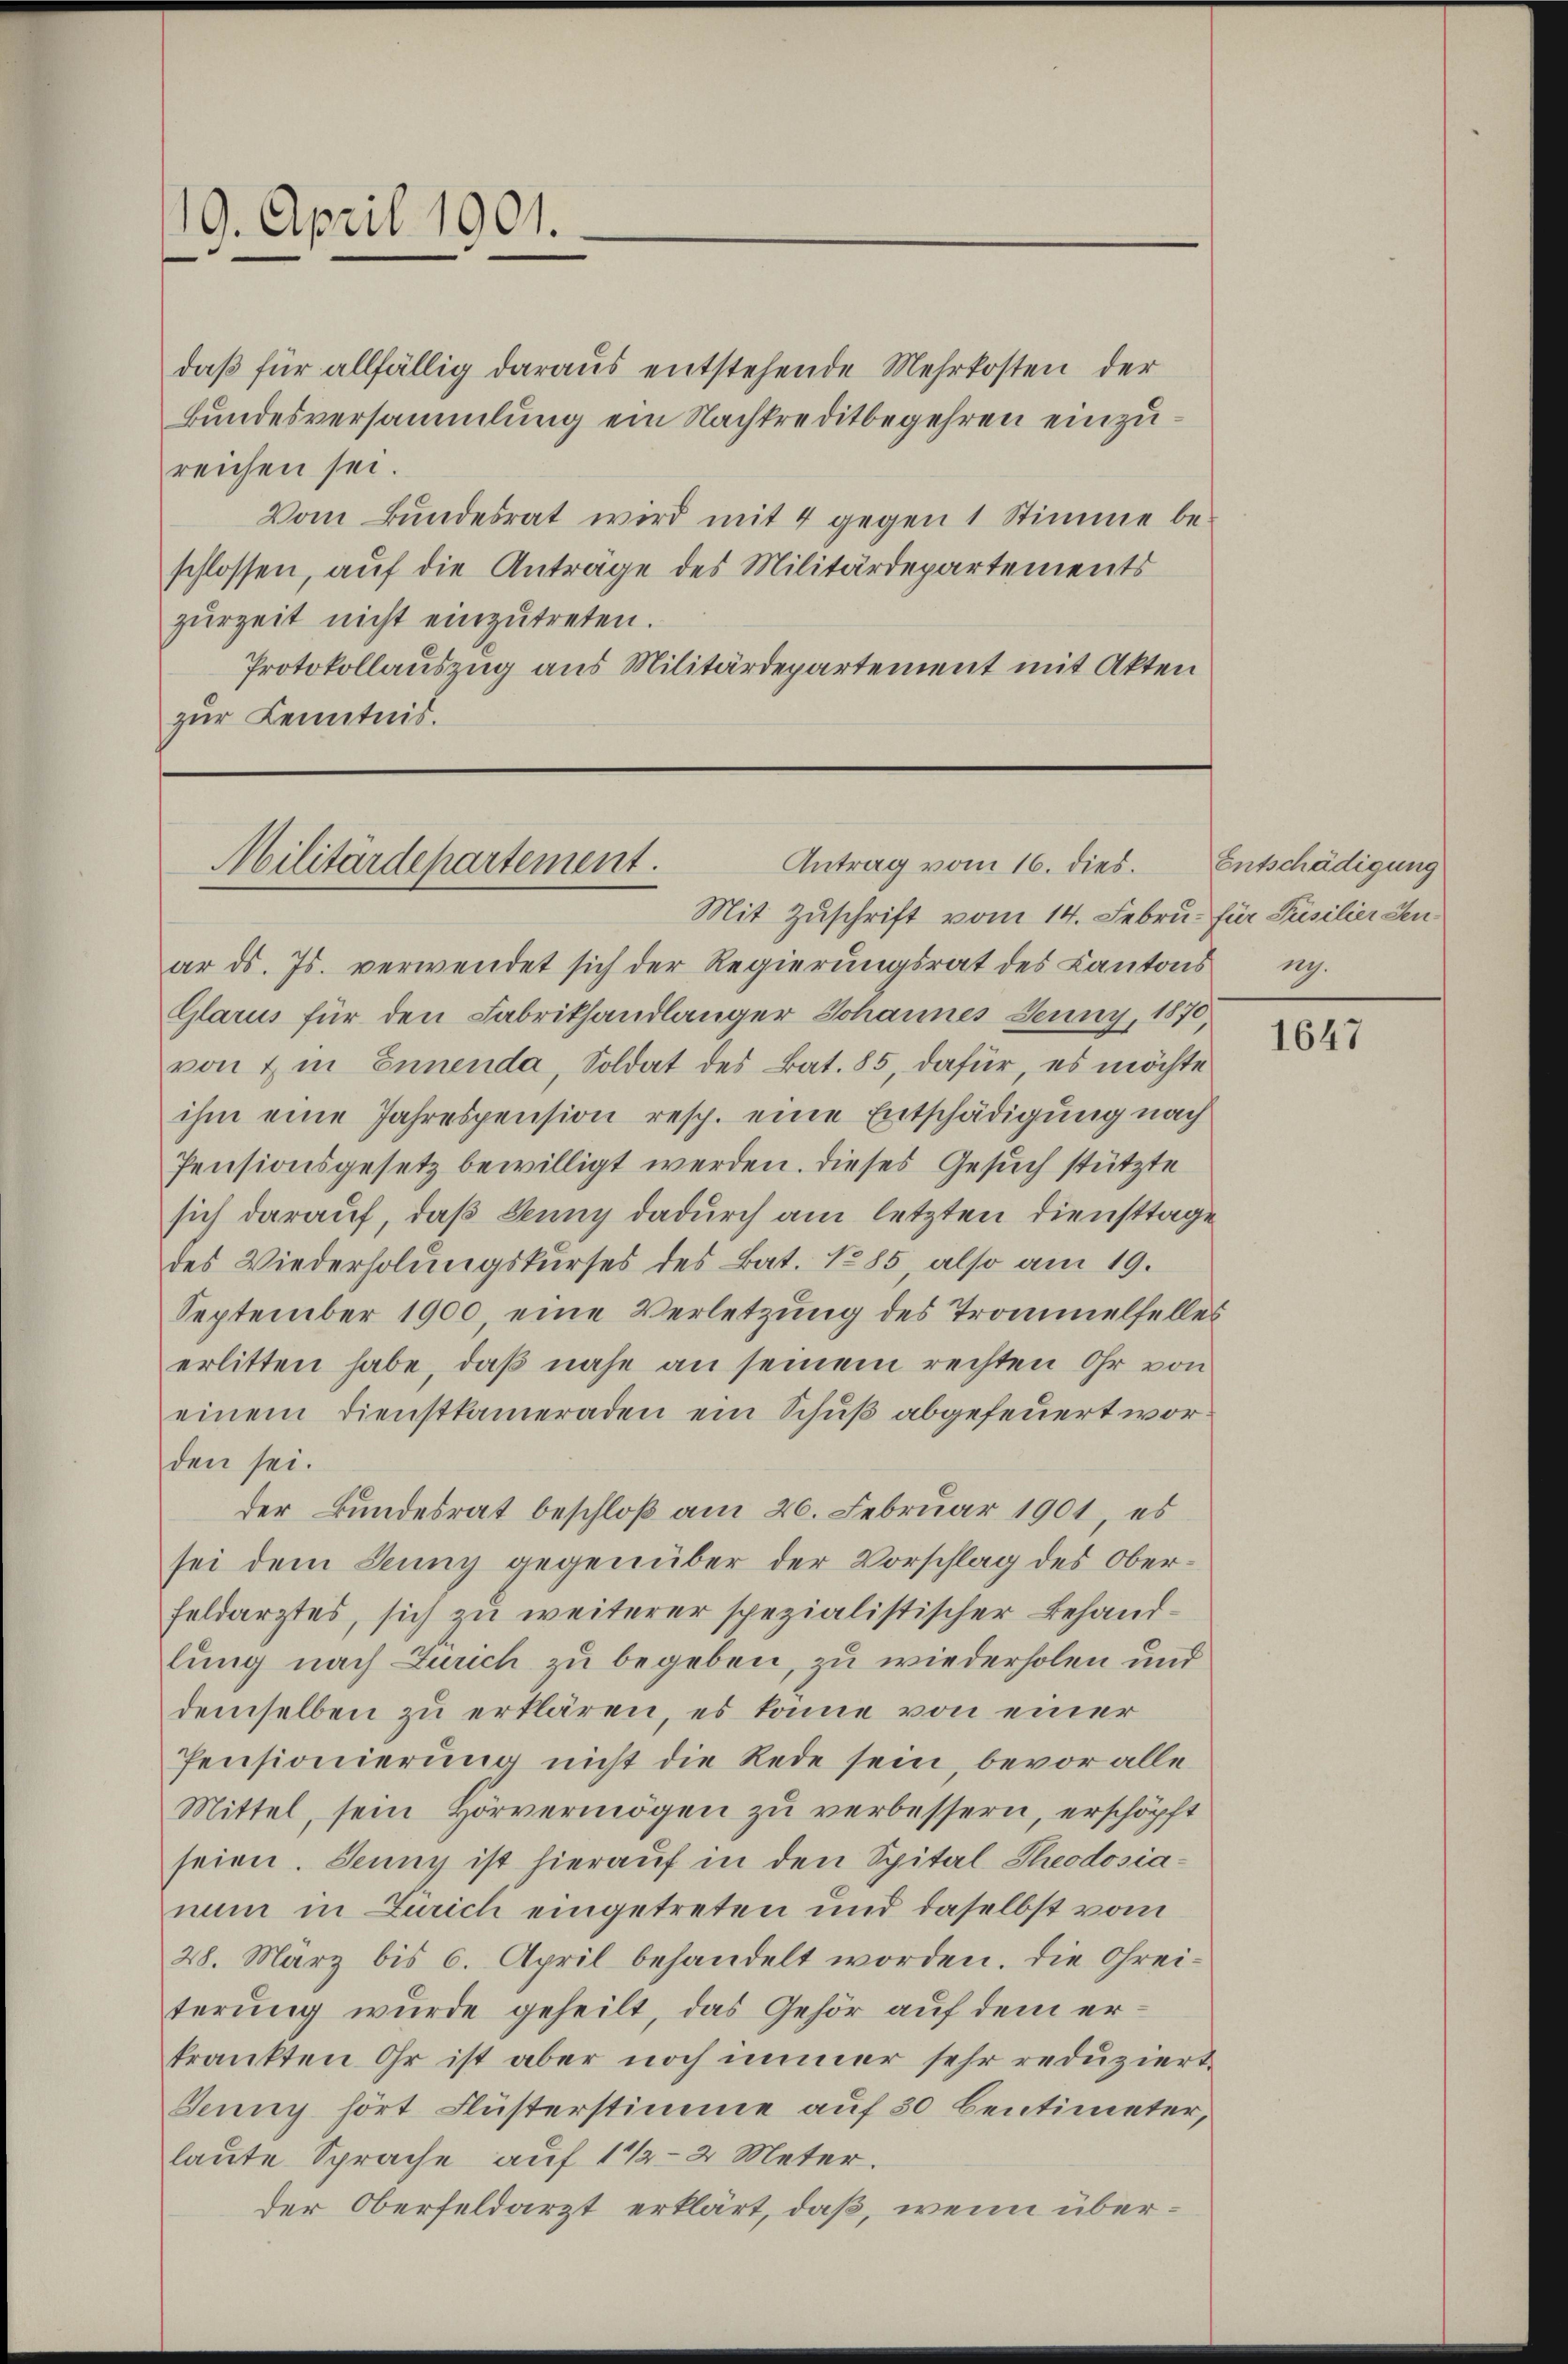
19. April 1901.

daβ für allfällig daraus entstehende Mehrkosten der
Bundesversammlung ein Nachkreditbegehren einzureichen sei.
Vom Bundesrat wird mit 4 gegen 1 Stimme be-
schlossen, auf die Antrage des Militärdepartements
zŭrzeit nicht einzŭtreten.
Protokollauszug aus Militärdepartement mit Akten
zur Kenntnis.

Antrag vom 16. dies.
Militärdepartement.

Mit Zuschrift vom 14. Febru. für Pusilier Senar ds. Js. verwendet sich der Regierŭngsrat des Kantons n.
Glarus für den Fabrikhandlanger Johannes Jenny, 1870,
von & in Ennenda, Soldat des Bat. 85, dafür, es möchte
ihm eine Jahrespension resp. eine Entschädigung nach
Pensionsgesetz bewilligt werden. Dieses Gesuch stützte
sich darauf, daß Juny dadurch am letzten Diensttage
des Wiederholungskurses des Bat. No 85, also am 19.
September 1900, eine Verletzung des Trommelfelles
erlitten habe, daß nahe an seinem rechten Ohr von
einem Dienstkameraden ein Schuß abgefeuert worden sei.
der Bundesrat beschloß am 26. Februar 1901, es
sei dem Juny gegenüber der Vorschlag des Oberfeldarztes, sich zu weiterer spezialistischer Behandlung nach Zürich zu begeben, zu wiederholen und
demselben zu erklären, es könne von einer
Pensionierung nicht die Rede sein, bevor alle
Mittel, sein Hörvermögen zu verbessern, erschöpft
seien. Jenny ist hierauf in den Spital Theodosia-
num in Zürich eingetreten und daselbst vom
28. März bis 6. April behandelt worden. Die Ohrei-
terung wurde geheilt, das Gehör auf dem erkrankten Ohr ist aber noch immer sehr reduziert.
Jenny hört Flüsterstimme auf 30 Centimeter,
laute Sprache auf 1 1/2 Meter.
der Oberfeldarzt erklärt, daß, wenn über¬

Entschädigung

1647